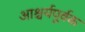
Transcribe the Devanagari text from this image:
आश्चर्यपूर्वक